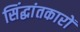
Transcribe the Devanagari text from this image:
सिंद्धांतकारों